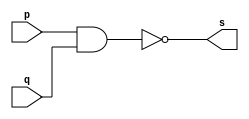
// ---------------------
// Guia 02_04 
// Nome: Thaise Souto Martins
// ---------------------


// ---------------------
// -- nand gate 
// ---------------------

module nandgate (s, p, q);
 output s;
 input  p, q;

 assign s = ~(p & q);

endmodule // nandgate


// ---------------------
// -- nor gate with nand
// ---------------------

module norgate (s0, p, q);
 output s0;
 wire s1, s2,s3;
 input  p, q;

 nandgate NAND1 (s1, p, p);
 nandgate NAND2 (s2, q, q);
 nandgate NAND3 (s3, s1, s2);
 nandgate NAND4 (s0,s3,s3);

endmodule // orgate


// --------------------------
// -- test nor gate with nand
// --------------------------

module testnorgate;
 reg   a, b;             
 wire  s;
          // instancia
 norgate NOR1 (s, a, b);

 initial begin:start
      a=0; b=0;
 end

          // parte principal
 initial begin:main
      $display("Guia 02_04 - Thaise Souto Martins - 395504");
      $display("Test NOR gate");
      $display("\na & b = s\n");
      $monitor("%b & %b = %b", a, b, s);
  #1  a=0; b=1; 
  #1  a=1; b=0; 
  #1  a=1; b=1; 
  
 end

endmodule // testorgate